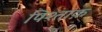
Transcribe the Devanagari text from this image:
पिश्ताक़